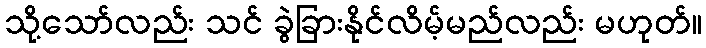
သို့သော်လည်း သင် ခွဲခြားနိုင်လိမ့်မည်လည်း မဟုတ်။